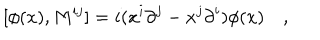
LaTeX: [ \phi ( x ) , M ^ { i j } ] = i ( x ^ { i } { \partial } ^ { j } - x ^ { j } { \partial } ^ { i } ) \phi ( x ) \quad ,